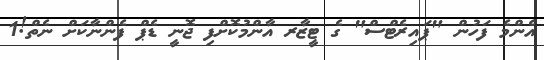
އެންމެ ފަހުން "ޕައިރެޓްސް" ގެ ޓީޒާރ އާންމުކޮށްފި ޖޮނީ ޑެޕް ފެންނާކަށް ނެތް!1